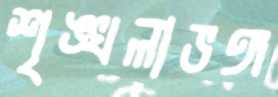
শৃঙ্খলাভঙ্গ